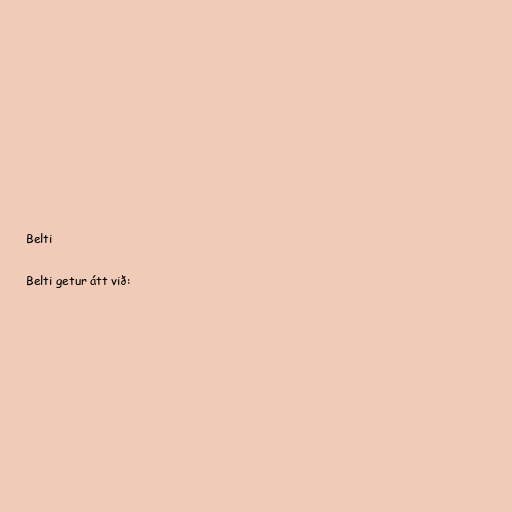
Belti

Belti getur átt við: